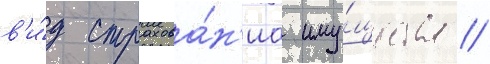
в'и́д страхова́н'иа иму́щества //